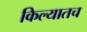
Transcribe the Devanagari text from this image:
किल्यातच